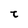
Character: t